Report on vaccination in Madras 1877-1894 - 1877-1894
Year: 1877
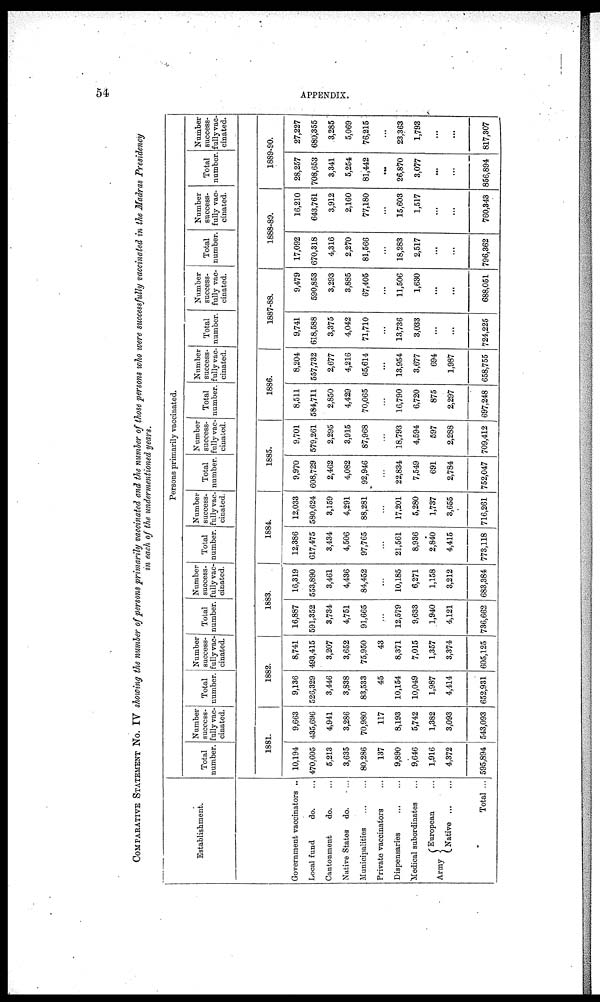
54
APPENDIX.
COMPARATIVE STATEMENT NO. IV showing the number of persons primarily vaccinated and the number of those persons who were successfully vaccinated in the Madras Presidency
in each of the undermentioned years.
Establishment.
Government vaccinators ..
Local fund
do. ...
Cantonment
do. ...
Native States do. ...
Municipalities
...
...
Private vaccinators ...
Dispensaries
...
...
Medical subordinates ...
Army
European ...
Native
...
Total ...
Persons primarily vaccinated.
Total
number.
Number
success-
fully vac-
cinated.
1881.
10,194
470,605
5,213
3,635
80,286
137
9,890
9,646
1,916
4,372
595,894
9,663
435,696
4,941
3,286
70,980
117
8,193
5,742
1,382
3,093
543,093
Total
number.
Number
success-
fully vac-
cinated.
1882.
9,136
526,329
3,446
3,838
83,533
45
10,154
10,049
1,987
4,414
652,931
8,741
493,415
3,207
3,652
75,950
43
8,371
7,015
1,357
3,374
605,125
Total
number.
Number
success-
fully vac-
cinated.
1883.
16,887
591,352
3,734
4,751
91,665
...
12,579
9,633
1,940
4,121
736,662
16,319
553,890
3,461
4,436
84,452
...
10,185
6,271
1,158
3,212
683,384
Total
number.
Number
success-
fully vac-
cinated.
1884.
12,386
617,475
3,434
4,506
97,765
...
21,561
8,936
2,840
4,415
773,118
12,033
580,624
3,159
4,291
88,281
...
17,201
5,280
1,737
3,655
716,261
Total
number.
Number
success-
fully vac-
cinated.
1885.
9,970
608,729
2,462
4,082
92,946
...
22,834
7,549
691
2,784
752,047
9,701
579,261
2,295
3,915
87,968
...
18,793
4,594
597
2,288
709,412
Total
number.
Number
success-
fully vac-
cinated.
1886.
8,511
584,711
2,850
4,429
70,065
...
16,790
6,720
875
2,297
697,248
8,204
557,732
2,677
4,216
65,614
...
13,954
3,677
694
1,987
658,755
Total
number.
Number
success-
fully vac-
cinated.
1887-88.
9,741
618,588
3,375
4,042
71,710
...
13,736
3,033
...
...
724,225
9,479
590,853
3,293
3,885
67,405
...
11,506
1,630
...
...
688,051
Total
number.
Number
success-
fully vac-
cinated.
1888-89.
17,092
670,318
4,316
2,270
81,566
...
18,283
2,517
...
...
796,362
16,210
643,761
3,912
2,160
77,180
...
15,603
1,517
...
...
760,343
Total
number.
Number
success-
fully vac-
cinated.
1889-90.
28,257
708,653
3,341
5,254
81,442
...
26,870
3,077
...
...
856,894
27,227
680,355
3,285
5,069
76,215
...
23,363
1,793
...
...
817,307